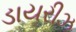
ડાયરીઝ